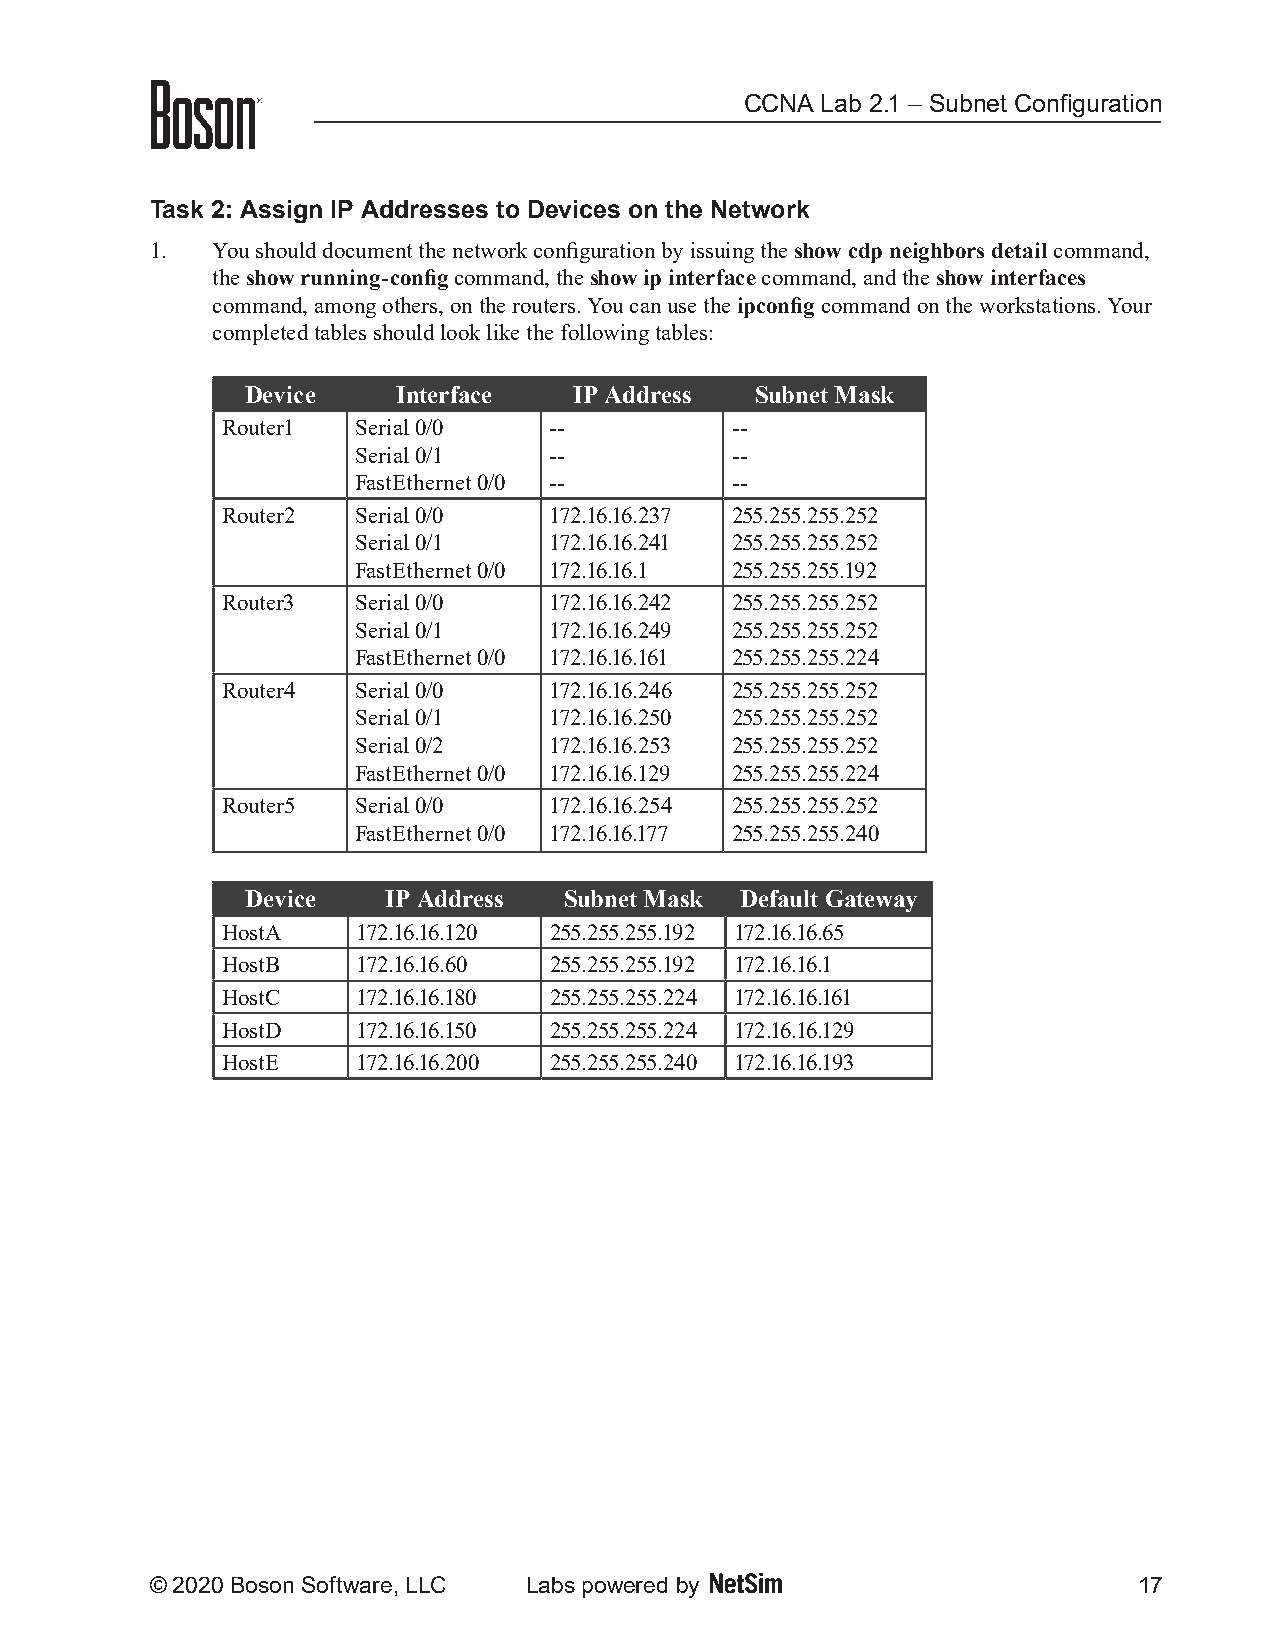
CCNA Lab 2.1 – Subnet Configuration
 Task 2: Assign IP Addresses to Devices on the Network
 1.  You should document the network configuration by issuing the show cdp neighbors detail command,
 the show running-config command, the show ip interface command, and the show interfaces
 command, among others, on the routers. You can use the ipconfig command on the workstations. Your
 completed tables should look like the following tables:
 Device    Interface   IP Address  Subnet Mask
 Router1  Serial 0/0  --          --
 Serial 0/1  --          --
 FastEthernet 0/0 --     --
 Router2  Serial 0/0  172.16.16.237 255.255.255.252
 Serial 0/1  172.16.16.241 255.255.255.252
 FastEthernet 0/0 172.16.16.1 255.255.255.192
 Router3  Serial 0/0  172.16.16.242 255.255.255.252
 Serial 0/1  172.16.16.249 255.255.255.252
 FastEthernet 0/0 172.16.16.161 255.255.255.224
 Router4  Serial 0/0  172.16.16.246 255.255.255.252
 Serial 0/1  172.16.16.250 255.255.255.252
 Serial 0/2  172.16.16.253 255.255.255.252
 FastEthernet 0/0 172.16.16.129 255.255.255.224
 Router5  Serial 0/0  172.16.16.254 255.255.255.252
 FastEthernet 0/0 172.16.16.177 255.255.255.240
 Device    IP Address Subnet Mask Default Gateway
 HostA    172.16.16.120 255.255.255.192 172.16.16.65
 HostB    172.16.16.60 255.255.255.192 172.16.16.1
 HostC    172.16.16.180 255.255.255.224 172.16.16.161
 HostD    172.16.16.150 255.255.255.224 172.16.16.129
 HostE    172.16.16.200 255.255.255.240 172.16.16.193
 © 2020 Boson Software, LLC Labs powered by                       17